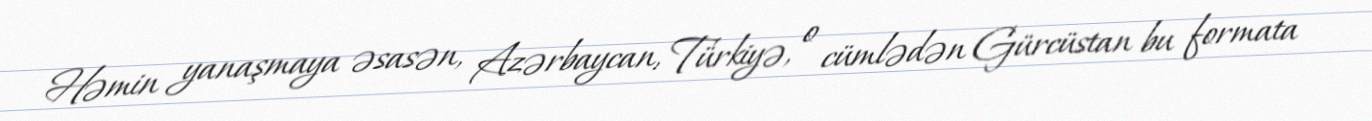
Həmin yanaşmaya əsasən, Azərbaycan, Türkiyə, o cümlədən Gürcüstan bu formata